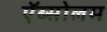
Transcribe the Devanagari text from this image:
ऍब्सोलम